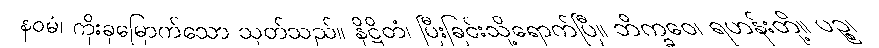
နဝမံ၊ ကိုးခုမြောက်သော သုတ်သည်။ နိဋ္ဌိတံ၊ ပြီးခြင်းသို့ရောက်ပြီ။ ဘိက္ခဝေ၊ ရဟန်းတို့။ ပဉ္စ၊